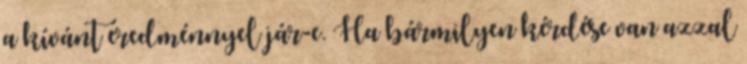
a kívánt eredménnyel jár-e. Ha bármilyen kérdése van azzal